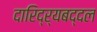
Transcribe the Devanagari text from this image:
दारिद्‌र्‍यबद्दल